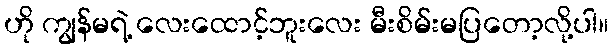
ဟို ကျွန်မရဲ့ လေးထောင့်ဘူးလေး မီးစိမ်းမပြတော့လို့ပါ။